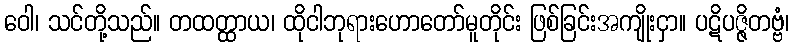
ဝေါ၊ သင်တို့သည်။ တထတ္ထာယ၊ ထိုငါဘုရားဟောတော်မူတိုင်း ဖြစ်ခြင်းအကျိုးငှာ။ ပဋိပဇ္ဇိတဗ္ဗံ၊